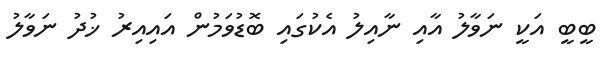
ބީބީ އަކީ ނަވާލު އާއި ނާއިލު އެކުގައި ބޮޑުވަމުން އައިއިރު ޚުދު ނަވާލު